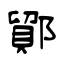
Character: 鄮